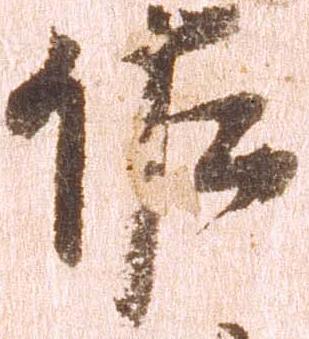
佐